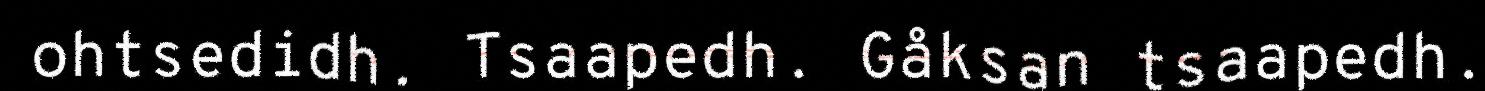
ohtsedidh. Tsaapedh. Gåksan tsaapedh.